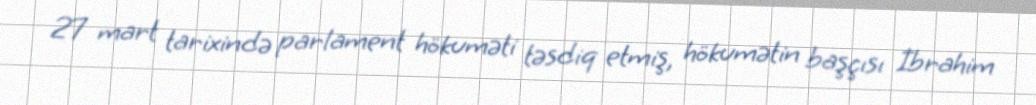
27 mart tarixində parlament hökuməti təsdiq etmiş, hökumətin başçısı İbrahim